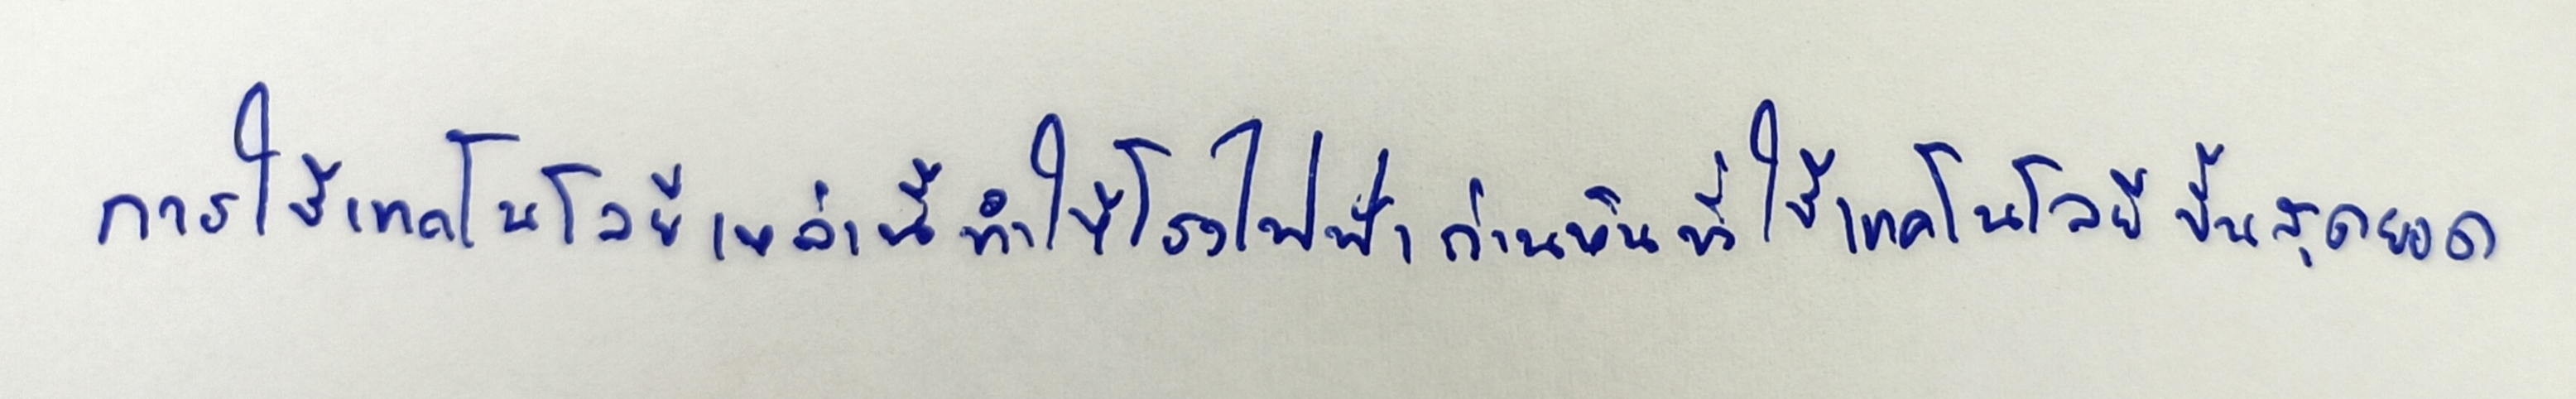
การใช้เทคโนโลยีเหล่านี้ทำให้โรงไฟฟ้าถ่านหินที่ใช้เทคโนโลยีขั้นสุดยอด